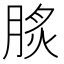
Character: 𦜡